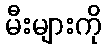
မီးများကို